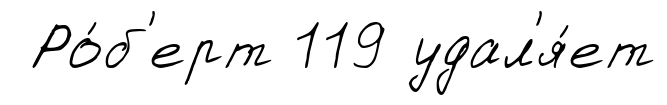
Ро́б'ерт 119 удал'я́ет